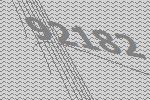
92182